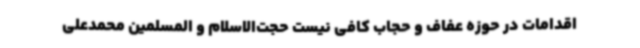
اقدامات در حوزه عفاف و حجاب کافی نیست حجت‌الاسلام و المسلمین محمدعلی